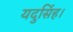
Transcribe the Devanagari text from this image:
यदुसिंह।